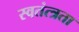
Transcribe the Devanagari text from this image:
स्वतंत्त्रता